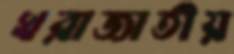
খরাজাতীয়